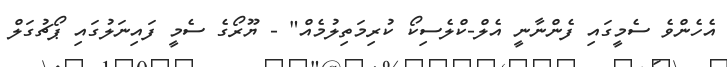
އެހެންވެ ސެމީގައި ފެންނާނީ އެލް-ކްލެސިކޯ ކުރިމަތިލުމެއް" - ޔޫރޯގެ ސެމީ ފައިނަލުގައި ޕޯޗުގަލް